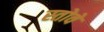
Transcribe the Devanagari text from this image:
स्तोवे